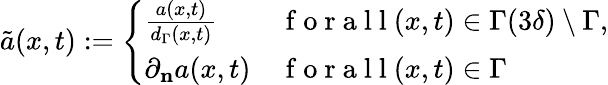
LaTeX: \tilde{a}(x,t):=\left\{ \begin{array}{ll}{\frac{a(x,t)}{d_{\Gamma}(x,t)}}&{\mathrm{~f~o~r~a~l~l~}(x,t)\in\Gamma(3\delta)\setminus\Gamma,}\\ {\partial_{\mathbf{n}}a(x,t)}&{\mathrm{~f~o~r~a~l~l~}(x,t)\in\Gamma}\end{array}\right.